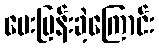
မေးမြန်းခဲ့ကြောင်း